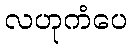
လဟုကံပေ